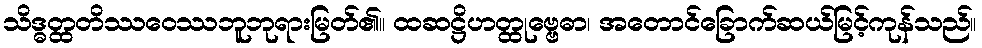
သိဒ္ဓတ္ထတိဿဝေဿဘူဘုရားမြတ်၏။ ထဆဋ္ဌိဟတ္ထုဗ္ဗေဓာ၊ အတောင်ခြောက်ဆယ်မြင့်ကုန်သည်။